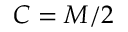
C = M / 2